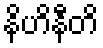
နိဟိနီတိ